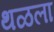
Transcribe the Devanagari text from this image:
थळला